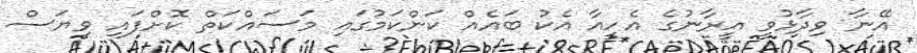
އޭނާ ވިދާޅުވީ އީރާނުގެ އެހީއާ އެކު ބައެއް ކަންކަމުގައި މަސައްކަތް ކޮށްފައި ވިޔަސް